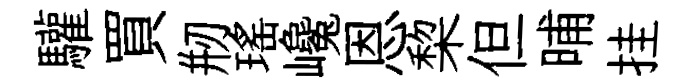
驩買剏瑤巉恩棃但晡挂